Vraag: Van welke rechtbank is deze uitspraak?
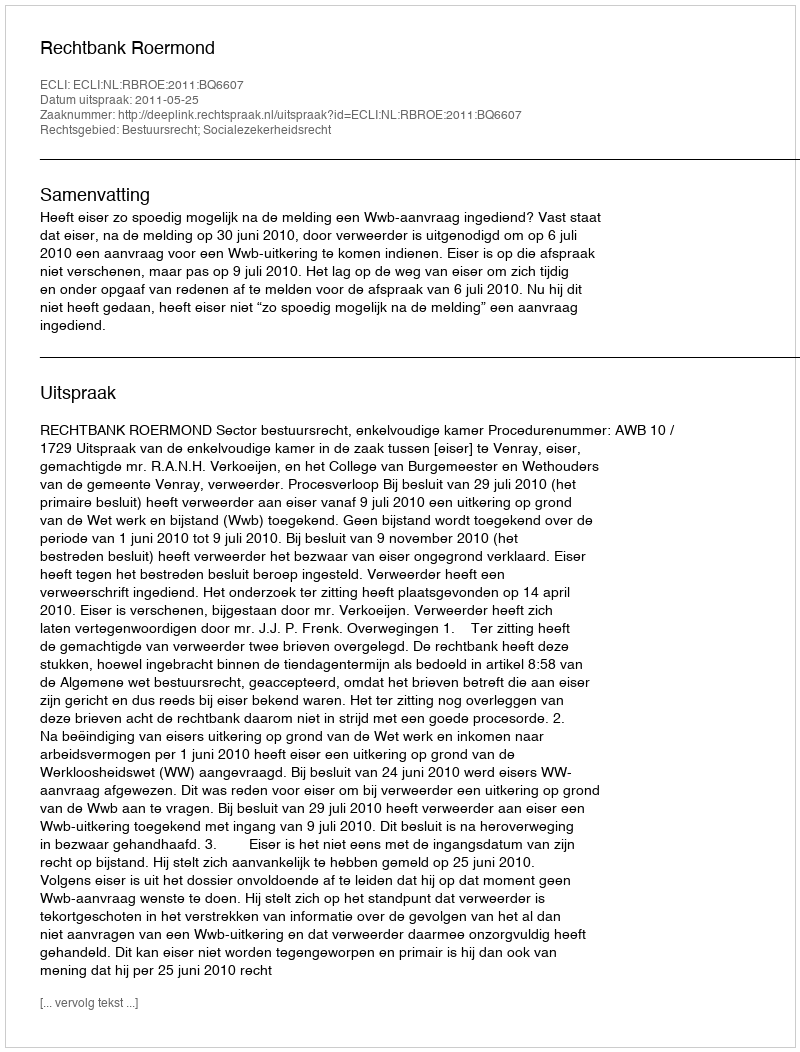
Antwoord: Rechtbank Roermond